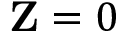
\mathbf { Z } = 0